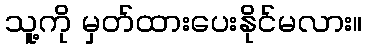
သူ့ကို မှတ်ထားပေးနိုင်မလား။